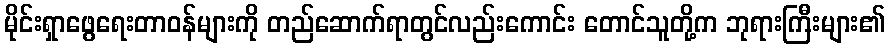
မိုင်းရှာဖွေရေးတာဝန်များကို တည်ဆောက်ရာတွင်လည်းကောင်း တောင်သူတို့က ဘုရားကြီးများ၏